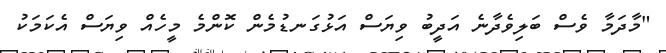
"މާދަމާ ވެސް ބަލިވެދާނެ އަދީބު ވިޔަސް އަޅުގަނޑުމެން ކޮންމެ މީހެއް ވިޔަސް އެކަމަކު